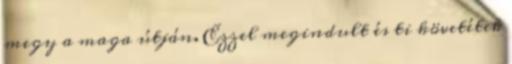
megy a maga útján. Ezzel megindult és ti követétek